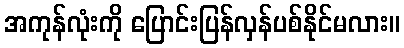
အကုန်လုံးကို ပြောင်းပြန်လှန်ပစ်နိုင်မလား။